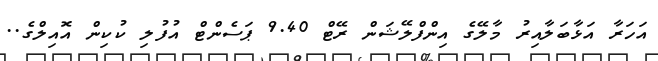
އަހަރާ އަޅާބަލާއިރު މާލޭގެ އިންފްލޭޝަން ރޭޓް 9.40 ޕަސެންޓް އުފުލި ކުކިން އޮއިލްގެ..